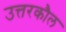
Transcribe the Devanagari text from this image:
उत्तरकौल